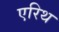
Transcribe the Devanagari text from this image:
एरिथ